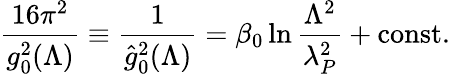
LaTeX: {\frac{16\pi^{2}}{g_{0}^{2}(\Lambda)}}\equiv{\frac{1}{\hat{g}_{0}^{2}(\Lambda)}}=\beta_{0}\ln{\frac{\Lambda^{2}}{\lambda_{P}^{2}}}+\mathrm{const.}